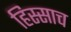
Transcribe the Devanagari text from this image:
हिस्साच